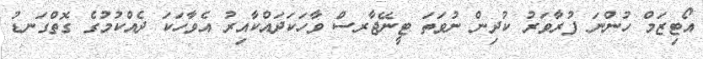
އޯޓިޒަމް ހުންނަ ފުރާވަރު ކުދިން ނުވަތަ ޓީނޭޖާރސް ވާހަކަދައްކާއިރު އެވާހަކަ ދެއްކުމުގެ ގޮތްގަނޑު